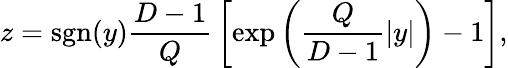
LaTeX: z=\mathrm{sgn}(y){\frac{D-1}{Q}}\left[\exp\left({\frac{Q}{D-1}}|y|\right)-1\right],